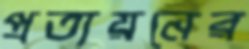
প্রত্যয়নের